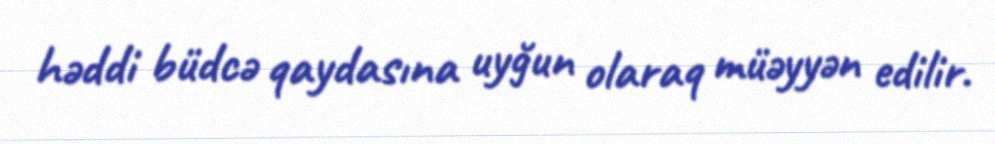
həddi büdcə qaydasına uyğun olaraq müəyyən edilir.